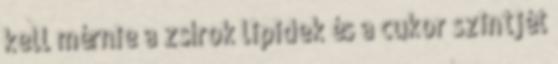
kell mérnie a zsírok lipidek és a cukor szintjét